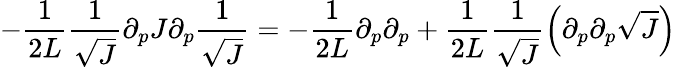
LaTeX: -\frac{1}{2L}\frac{1}{\sqrt{J}}\partial_{p}J\partial_{p}\frac{1}{\sqrt{J}}=-\frac{1}{2L}\partial_{p}\partial_{p}+\frac{1}{2L}\frac{1}{\sqrt{J}}\left(\partial_{p}\partial_{p}\sqrt{J}\right)